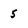
Character: 5